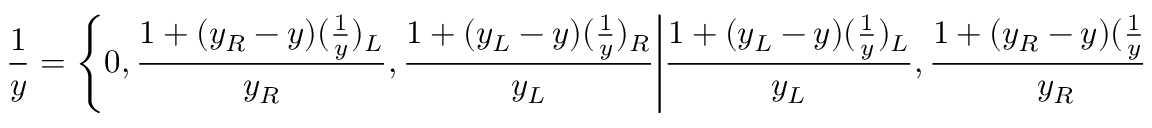
{ \frac { 1 } { y } } = { \Bigg \{ } 0 , { \frac { 1 + ( y _ { R } - y ) ( { \frac { 1 } { y } } ) _ { L } } { y _ { R } } } , { \frac { 1 + ( y _ { L } - y ) ( { \frac { 1 } { y } } ) _ { R } } { y _ { L } } } { \Bigg | } { \frac { 1 + ( y _ { L } - y ) ( { \frac { 1 } { y } } ) _ { L } } { y _ { L } } } , { \frac { 1 + ( y _ { R } - y ) ( { \frac { 1 } { y } } ) _ { R } } { y _ { R } } } { \Bigg \} }